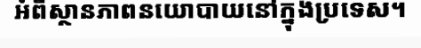
អំពីស្ថានភាពនយោបាយនៅក្នុងប្រទេស។